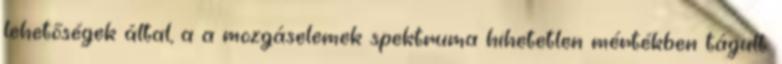
lehetőségek által, a a mozgáselemek spektruma hihetetlen mértékben tágult.